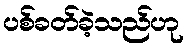
ပစ်ခတ်ခဲ့သည်ဟု